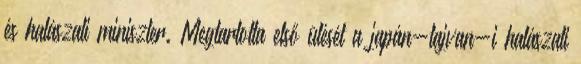
és halászati miniszter. Megtartotta első ülését a japán-tajvan-i halászati